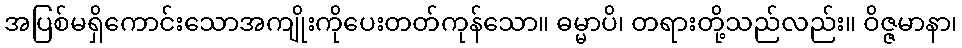
အပြစ်မရှိကောင်းသောအကျိုးကိုပေးတတ်ကုန်သော။ ဓမ္မာပိ၊ တရားတို့သည်လည်း။ ဝိဇ္ဇမာနာ၊